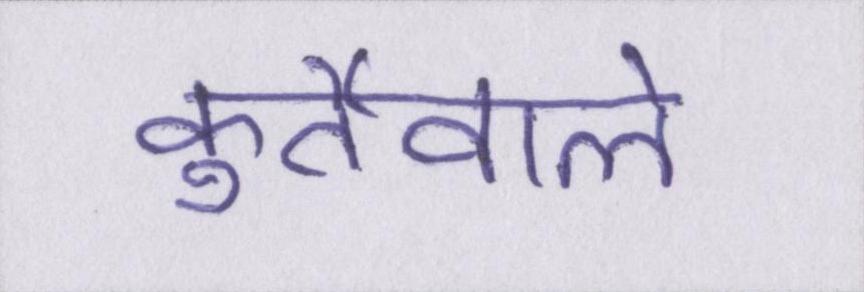
कुर्तेवाले